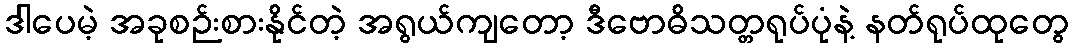
ဒါပေမဲ့ အခုစဉ်းစားနိုင်တဲ့ အရွယ်ကျတော့ ဒီဗောဓိသတ္တရုပ်ပုံနဲ့ နတ်ရုပ်ထုတွေ